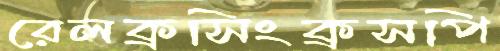
রেলক্রসিংক্রসপি